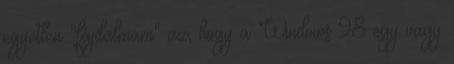
egyetlen "fájdalmam" az, hogy a Windows 98 egy vagy